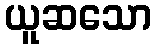
ယူဆသော